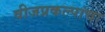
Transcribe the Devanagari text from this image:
वीजप्रकल्पांचा